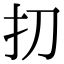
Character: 㧅